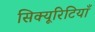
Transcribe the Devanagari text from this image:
सिक्यूरिटियाँ